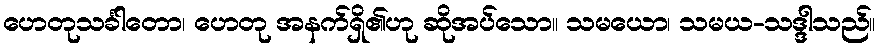
ဟေတုသင်္ခါတော၊ ဟေတု အနက်ရှိ၏ဟု ဆိုအပ်သော။ သမယော၊ သမယ-သဒ္ဒါသည်။